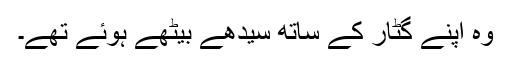
وہ اپنے گٹار کے ساتھ سیدھے بیٹھے ہوئے تھے۔